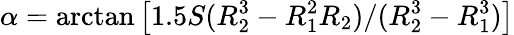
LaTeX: \alpha=\arctan\left[1.5S(R_{2}^{3}-R_{1}^{2}R_{2})/(R_{2}^{3}-R_{1}^{3})\right]